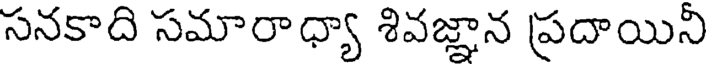
సనకాది సమారాధ్యా శివజ్ఞాన ప్రదాయిని